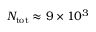
N _ { \mathrm { t o t } } \approx 9 \times 1 0 ^ { 3 }